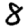
Digit: 8